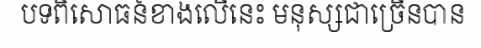
បទពិសោធន៍ខាងលើនេះ មនុស្សជាច្រើនបាន